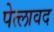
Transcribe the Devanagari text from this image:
पेत्लावद